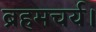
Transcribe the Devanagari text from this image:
ब्रहमचर्य।